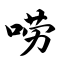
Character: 唠